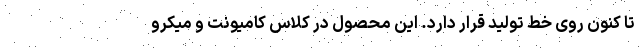
تا کنون روی خط تولید قرار دارد. این محصول در کلاس کامیونت و میکرو